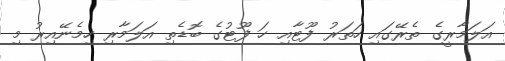
އަލަމާރީގެ ތެރޭގައި ހަތަރު ފޫޓާއި ހަ ފޫޓުގެ ބޮޑެތި އަލަމާރި ހިމެނޭއިރު މި